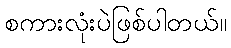
စကားလုံးပဲဖြစ်ပါတယ်။